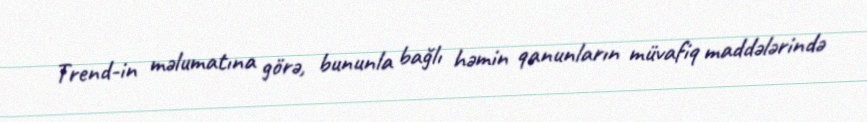
Trend-in məlumatına görə, bununla bağlı həmin qanunların müvafiq maddələrində